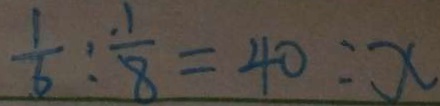
\frac { 1 } { 6 } : \frac { 1 } { 8 } = 4 0 : x